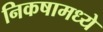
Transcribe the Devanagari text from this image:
निकषामध्ये